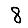
Digit: 8